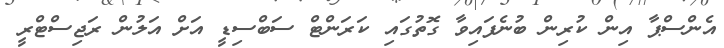
އެންސްޕާ އިން ކުރިން ބުނެފައިވާ ގޮތުގައި ކަރަންޓް ސަބްސިޑީ އަށް އަލުން ރަޖިސްޓްރީ